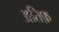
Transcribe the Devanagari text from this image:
अतिफ़